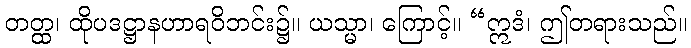
တတ္ထ၊ ထိုပဒဋ္ဌာနဟာရဝိဘင်း၌။ ယသ္မာ၊ ကြောင့်။ “ဣဒံ၊ ဤတရားသည်။